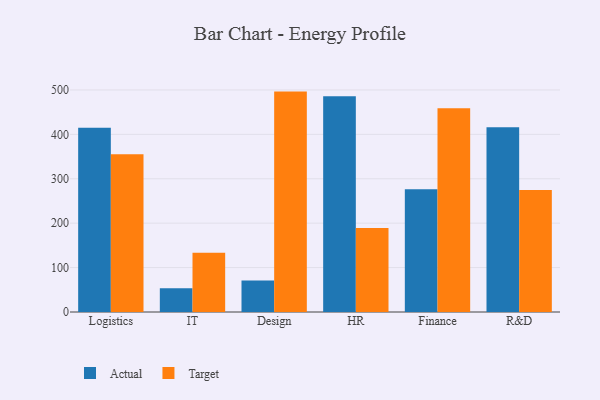
{"axis": {"x": "Department", "y": "Net Income (USD K)"}, "legend": ["Actual", "Target"], "data": [{"x": "Logistics", "y": 414.8, "type": "Actual"}, {"x": "Logistics", "y": 355.4, "type": "Target"}, {"x": "IT", "y": 53.6, "type": "Actual"}, {"x": "IT", "y": 133.3, "type": "Target"}, {"x": "Design", "y": 71.1, "type": "Actual"}, {"x": "Design", "y": 496.3, "type": "Target"}, {"x": "HR", "y": 486.0, "type": "Actual"}, {"x": "HR", "y": 189.4, "type": "Target"}, {"x": "Finance", "y": 276.4, "type": "Actual"}, {"x": "Finance", "y": 458.7, "type": "Target"}, {"x": "R&D", "y": 416.0, "type": "Actual"}, {"x": "R&D", "y": 274.9, "type": "Target"}]}